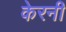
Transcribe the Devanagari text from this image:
केरनी